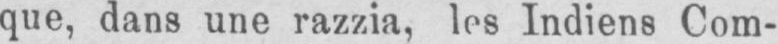
que, dans une razzia, les Indiens Com-